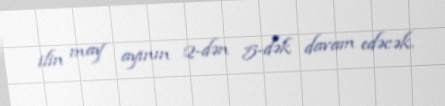
ilin may ayının 2-dən 5-dək davam edəcək.